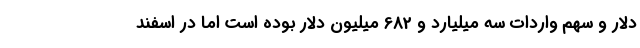
دلار و سهم واردات سه میلیارد و 682 میلیون دلار بوده است اما در اسفند